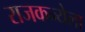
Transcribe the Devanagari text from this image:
राजकन्येला